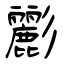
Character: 彲